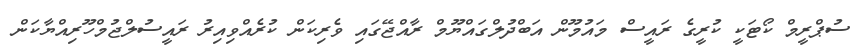
ސުޕްރީމް ކޯޓަކީ ކުރީގެ ރައީސް މައުމޫން އަބްދުލްގައްޔޫމް ރާއްޖޭގައި ވެރިކަން ކުރެއްވިއިރު ރައީސުލްޖުމްހޫރިއްޔާކަން